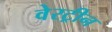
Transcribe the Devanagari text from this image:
वेरट्रीन